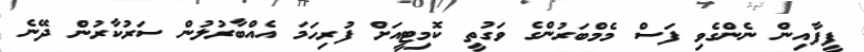
ފީފާއިން ނެންގެވި ފަސް މެމްބަރުންގެ ވަގުތީ ކޮމިޓީއަށް ފުރިހަމަ އެއްބާރުލުން ސަރުކާރުން ދޭނެ